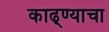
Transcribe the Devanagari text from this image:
काढ्ण्याचा